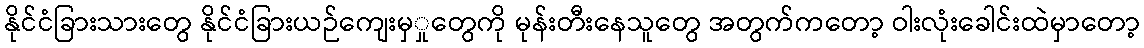
နိုင်ငံခြားသားတွေ နိုင်ငံခြားယဉ်ကျေးမှှုတွေကို မုန်းတီးနေသူတွေ အတွက်ကတော့ ဝါးလုံးခေါင်းထဲမှာတော့